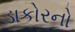
ડાકોરનો